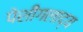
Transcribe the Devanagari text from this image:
पेशीगलाद्य